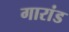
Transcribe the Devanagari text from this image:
गारांड